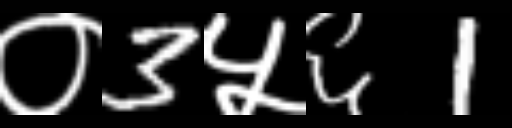
Text: ०3५६1